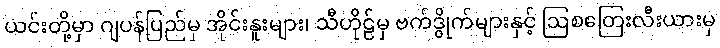
ယင်းတို့မှာ ဂျပန်ပြည်မှ အိုင်းနူးများ၊ သီဟိုဠ်မှ ဗက်ဒွိုက်များနှင့် ဩစတြေးလီးယားမှ